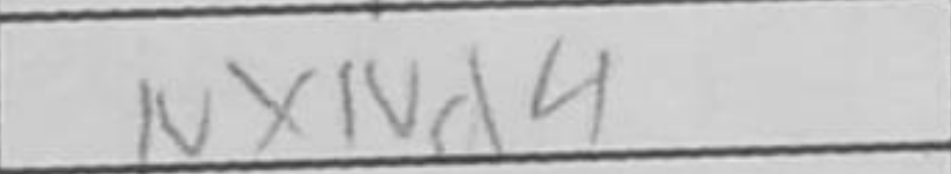
Transcription: NxNd4